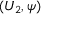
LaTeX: ( U _ { 2 } , \psi )